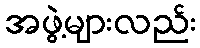
အဖွဲ့များလည်း